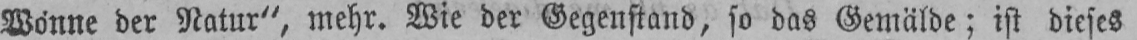
Wonne der Natur“, mehr. Wie der Gegenstand, so das Gemälde; ist dieses